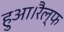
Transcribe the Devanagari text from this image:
हुआ।रैल्फ